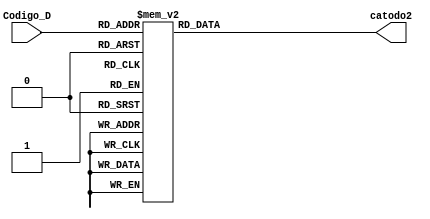
module Decodificador_2(
     input [3:0] Codigo_D,
	  output reg [7:0] catodo2
    );
    
	 always @(*)
	    begin
	    case (Codigo_D)
		    4'h0: begin
			           catodo2 <= 8'b00000011;
			        end 
			 4'h1: begin
						 catodo2 <= 8'b10011111;
			        end 
			 4'h2: begin
						 catodo2 <= 8'b00100101;
			        end 
			 4'h3: begin
						 catodo2 <= 8'b00001101;
			        end 
			 4'h4: begin
						 catodo2 <= 8'b10011001;
			        end 
			 4'h5: begin
						 catodo2 <= 8'b01001001;
			        end 
			 4'h6: begin
						 catodo2 <= 8'b01000001;
			        end 
			 4'h7: begin
						 catodo2 <= 8'b00011111;
			        end 
			 4'h8: begin
						 catodo2 <= 8'b00000001;
			        end 
			 4'h9: begin
						 catodo2 <= 8'b00011001;
			        end 
			 4'hA: begin
						 catodo2 <= 8'b10011001;
			        end 
			 4'hB: begin
						 catodo2 <= 8'b010010011;
			        end 
			 4'hC: begin
						 catodo2 <= 8'b01000001;
			        end 
			 4'hD: begin
						 catodo2 <= 8'b00011111;
			        end 
			 4'hE: begin
						 catodo2 <= 8'b00000001;
			        end 
			 4'hF: begin
						 catodo2 <= 8'b00011001;
			        end 
			 default: begin
						 catodo2 <= 8'b10011111;
                   end 	
        endcase		
		end	 
endmodule